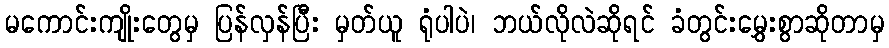
မကောင်းကျိုးတွေမှ ပြန်လှန်ပြီး မှတ်ယူ ရုံပါပဲ၊ ဘယ်လိုလဲဆိုရင် ခံတွင်းမွှေးစွာဆိုတာမှ